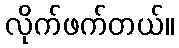
လိုက်ဖက်တယ်။